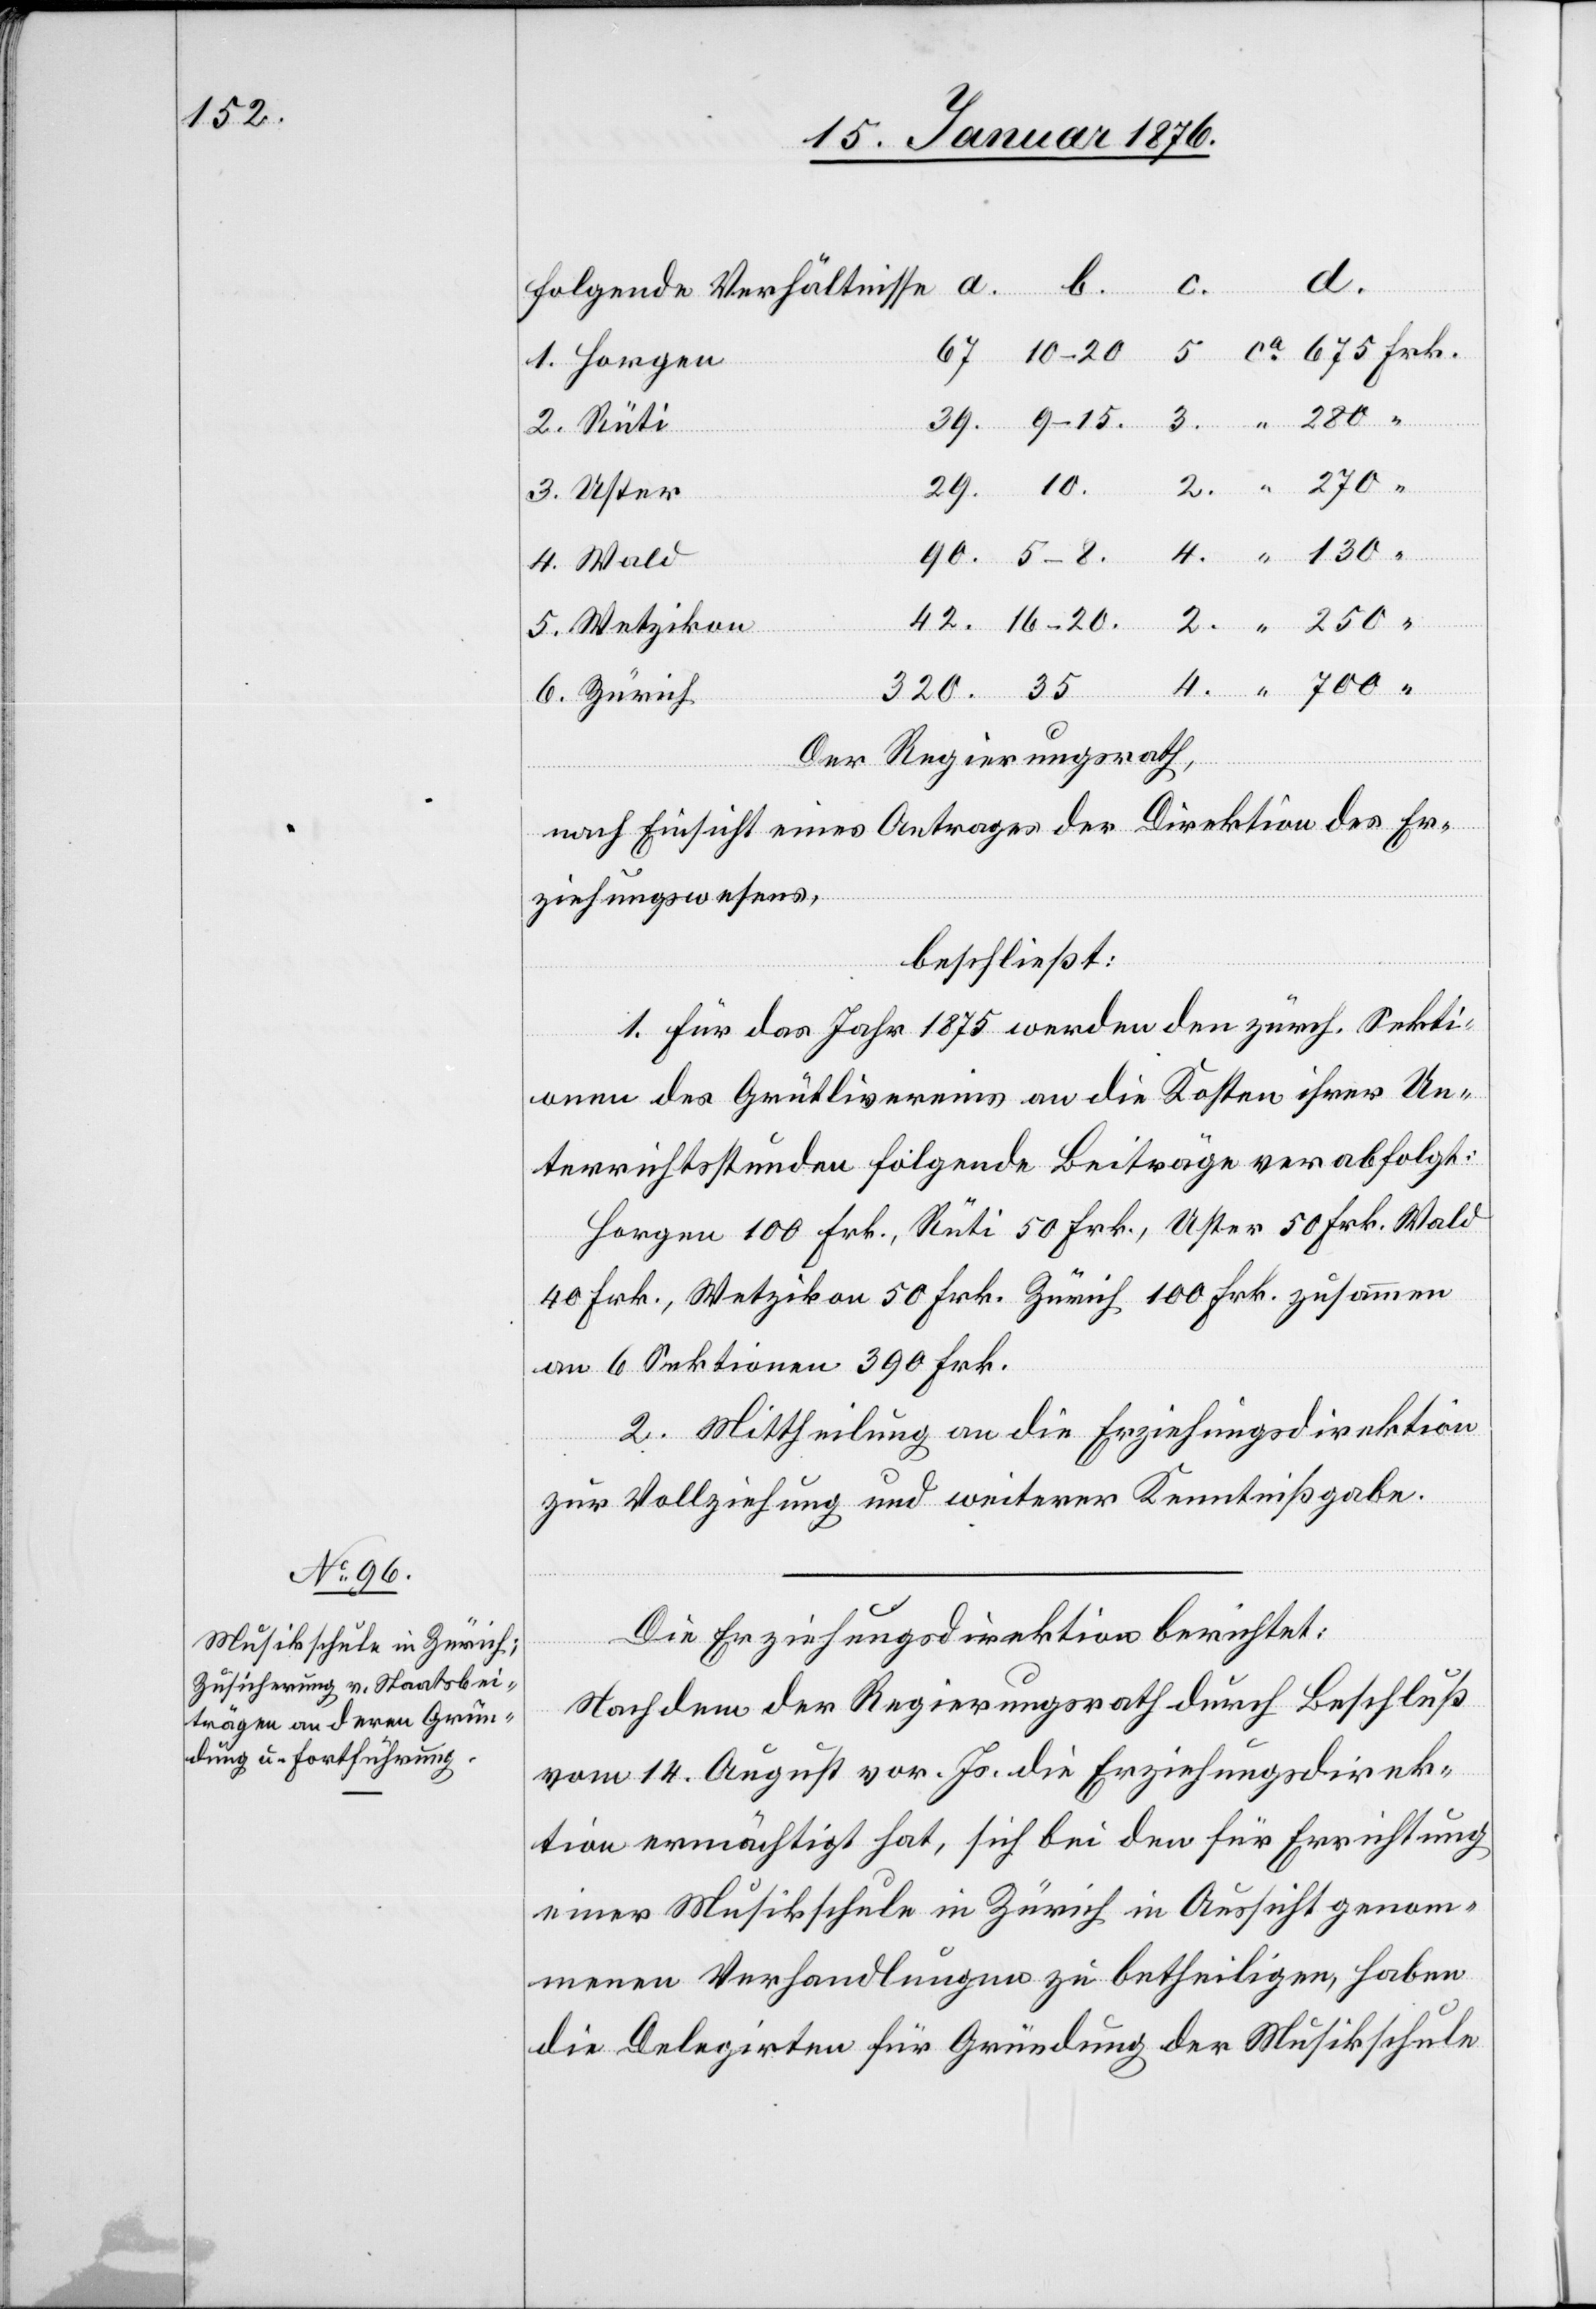
320.
4.
“
2.
folgende Verhältnisse
ca. 675 Frk.
1. Horgen
2. Rüti
3. Uster
4. Wald
5. Wetzikon
6. Zürich
Der Regierungsrath,
nach Einsicht eines Antrages der Direktion des Er¬
ziehungswesens,
beschließt:
1. Für das Jahr 1875 werden den zürch. Sekti¬
onen des Grütlivereins an die Kosten ihrer Un¬
terrichtsstunden folgende Beiträge verabfolgt:
Horgen 100 Frk., Rüti 50 Frk., Uster 50 Frk. Wald
40 Frk., Wetzikon 50 Frk. Zürich 100 Frk. zusammen
an 6 Sektionen 390 Frk.
2. Mittheilung an die Erziehungsdirektion
zur Vollziehung und weitere Kenntnißgabe.
Die Erziehungsdirektion berichtet:
Nachdem der Regierungsrath durch Beschluß
vom 14. August vor. Js. die Erziehungsdirek¬
tion ermächtigt hat, sich bei den für Errichtung
einer Musikschule in Zürich in Aussicht genom¬
menen Verhandlungen zu betheiligen, haben
die Delegirten für Gründung der Musikschule